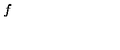
f